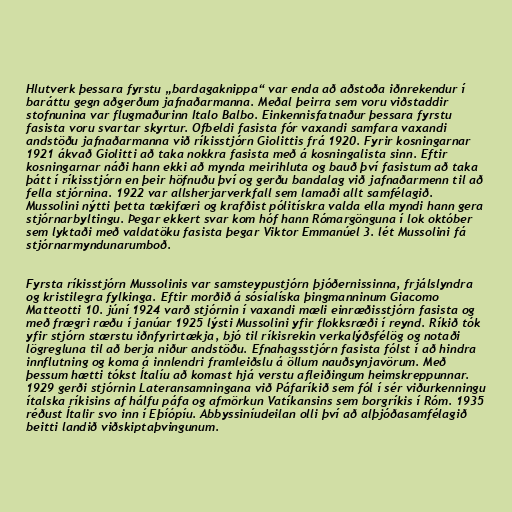
Hlutverk þessara fyrstu „bardagaknippa“ var enda að aðstoða iðnrekendur í
baráttu gegn aðgerðum jafnaðarmanna. Meðal þeirra sem voru viðstaddir
stofnunina var flugmaðurinn Italo Balbo. Einkennisfatnaður þessara fyrstu
fasista voru svartar skyrtur. Ofbeldi fasista fór vaxandi samfara vaxandi
andstöðu jafnaðarmanna við ríkisstjórn Giolittis frá 1920. Fyrir kosningarnar
1921 ákvað Giolitti að taka nokkra fasista með á kosningalista sinn. Eftir
kosningarnar náði hann ekki að mynda meirihluta og bauð því fasistum að taka
þátt í ríkisstjórn en þeir höfnuðu því og gerðu bandalag við jafnaðarmenn til að
fella stjórnina. 1922 var allsherjarverkfall sem lamaði allt samfélagið.
Mussolini nýtti þetta tækifæri og krafðist pólitískra valda ella myndi hann gera
stjórnarbyltingu. Þegar ekkert svar kom hóf hann Rómargönguna í lok október
sem lyktaði með valdatöku fasista þegar Viktor Emmanúel 3. lét Mussolini fá
stjórnarmyndunarumboð.

Fyrsta ríkisstjórn Mussolinis var samsteypustjórn þjóðernissinna, frjálslyndra
og kristilegra fylkinga. Eftir morðið á sósíalíska þingmanninum Giacomo
Matteotti 10. júní 1924 varð stjórnin í vaxandi mæli einræðisstjórn fasista og
með frægri ræðu í janúar 1925 lýsti Mussolini yfir flokksræði í reynd. Ríkið tók
yfir stjórn stærstu iðnfyrirtækja, bjó til ríkisrekin verkalýðsfélög og notaði
lögregluna til að berja niður andstöðu. Efnahagsstjórn fasista fólst í að hindra
innflutning og koma á innlendri framleiðslu á öllum nauðsynjavörum. Með
þessum hætti tókst Ítalíu að komast hjá verstu afleiðingum heimskreppunnar.
1929 gerði stjórnin Lateransamningana við Páfaríkið sem fól í sér viðurkenningu
ítalska ríkisins af hálfu páfa og afmörkun Vatíkansins sem borgríkis í Róm. 1935
réðust Ítalir svo inn í Eþíópíu. Abbyssiníudeilan olli því að alþjóðasamfélagið
beitti landið viðskiptaþvingunum.